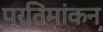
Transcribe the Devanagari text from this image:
प्रतिमांकन